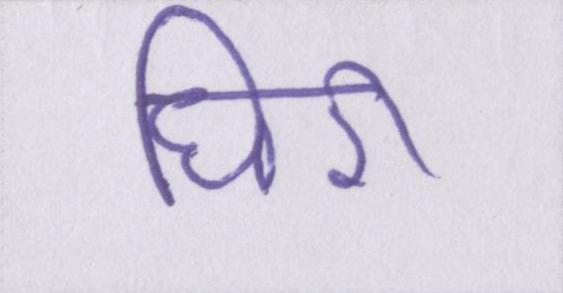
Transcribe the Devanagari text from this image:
घिरी